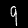
Digit: 9